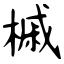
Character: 槭